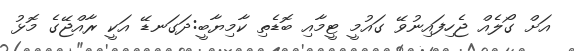
އަށް ގޯލެއް ޖެހިފައިނުވޭ ގައުމީ ޓީމާއި ބޮޑެތި ކާމިޔާބީ:ދަގަނޑޭ އަކީ ރާއްޖޭގެ މޮޅު